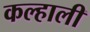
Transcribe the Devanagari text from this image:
कल्हाली